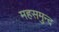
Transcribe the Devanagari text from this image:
महसमुन्द